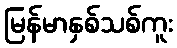
မြန်မာနှစ်သစ်ကူး